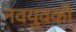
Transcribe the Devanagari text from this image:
नवयुवकी